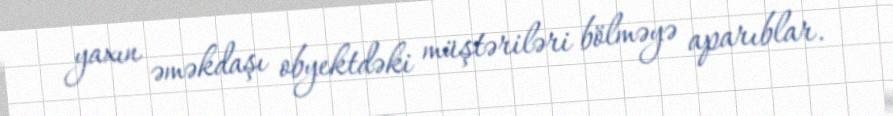
yaxın əməkdaşı obyektdəki müştəriləri bölməyə aparıblar.